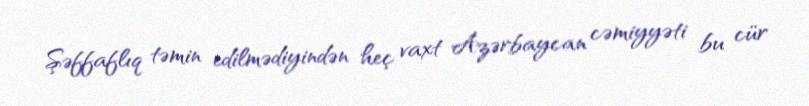
Şəffaflıq təmin edilmədiyindən heç vaxt Azərbaycan cəmiyyəti bu cür